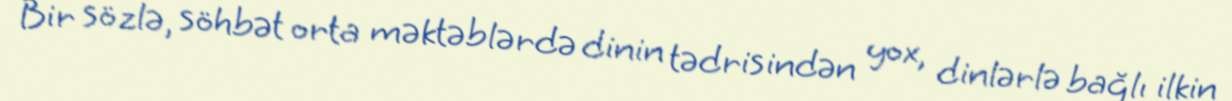
Bir sözlə, söhbət orta məktəblərdə dinin tədrisindən yox, dinlərlə bağlı ilkin